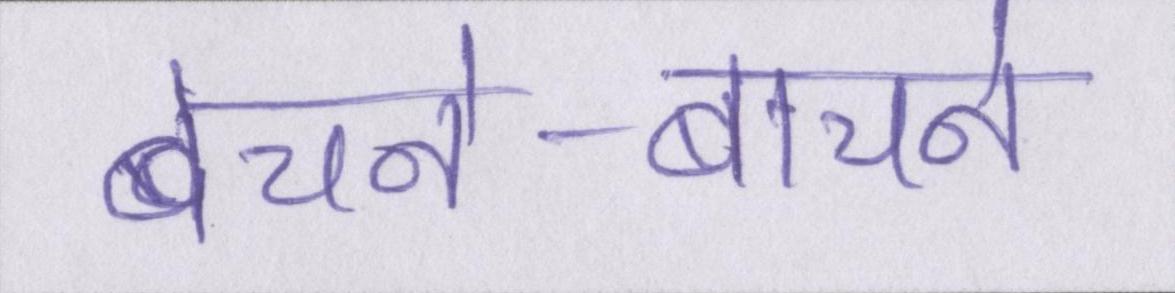
बेचने-बाचने